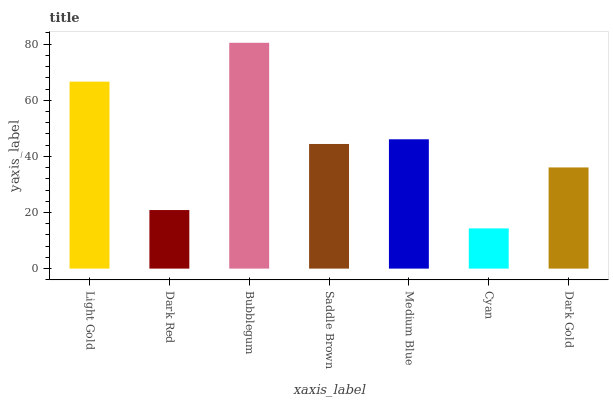
| xaxis_label | bars |
 | --- | --- |
 | Light Gold | 66.7 |
 | Dark Red | 20.9 |
 | Bubblegum | 80.5 |
 | Saddle Brown | 44.4 |
 | Medium Blue | 46.1 |
 | Cyan | 14.3 |
 | Dark Gold | 36.1 |